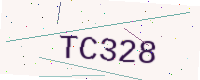
Text: TC328